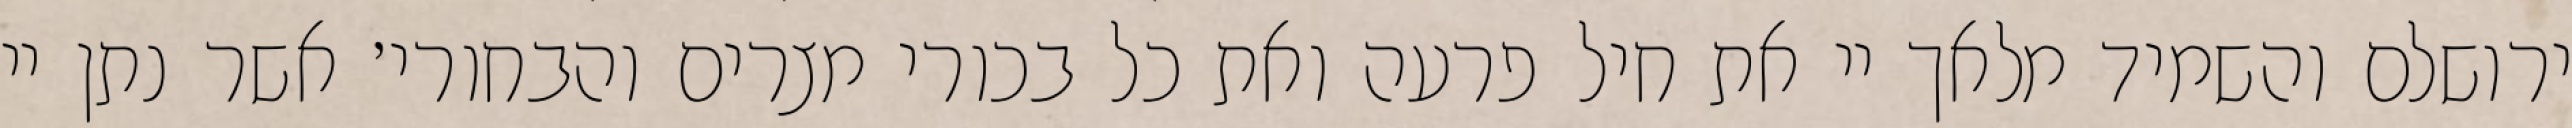
ירושלם והשמיד מלאך יי את חיל פרעה ואת כל בכורי מצרים והבחורי׳ אשר נתן יי